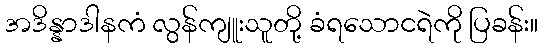
အဒိန္နာဒါနကံ လွန်ကျူးသူတို့ ခံရသောငရဲကို ပြခန်း။